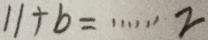
1 1 \div b \cdots 2